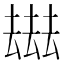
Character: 𠬑